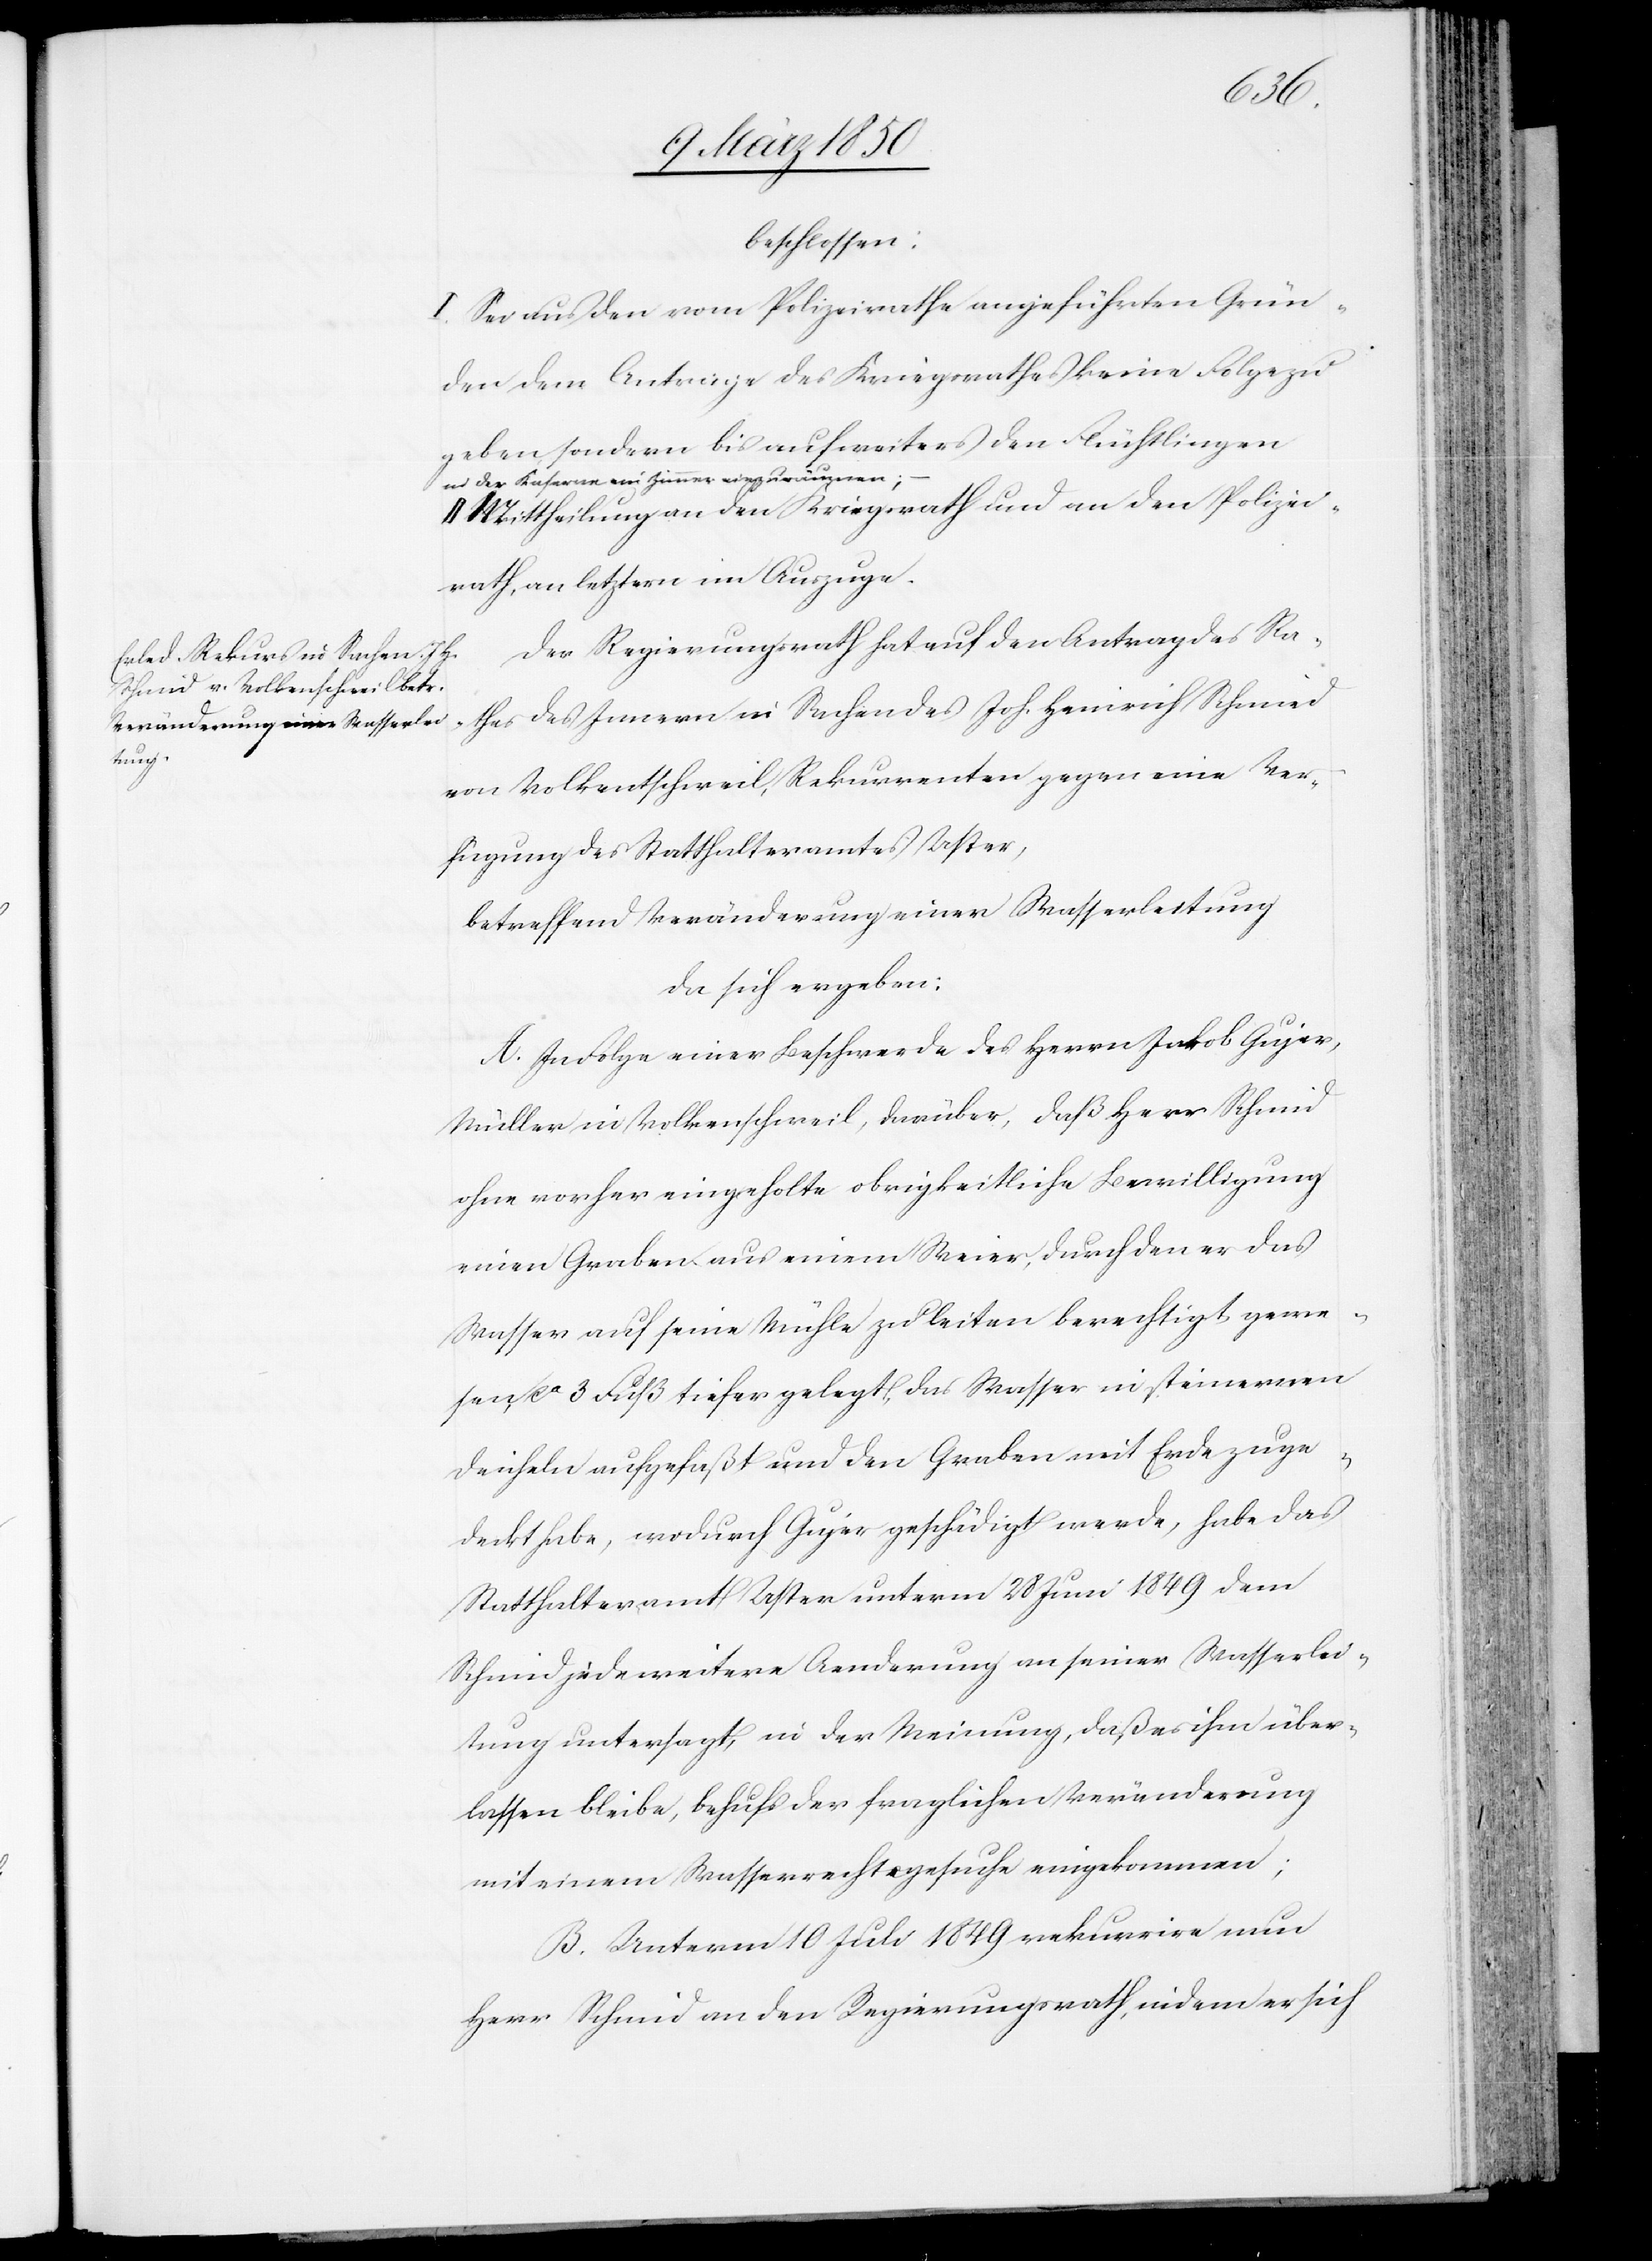
Der Regierungsrath hat auf den Antrag des Ra¬
thes des Innern in Sachen des Joh. Heinrich Schmied
von Volkentschweil, Rekurrenten gegen eine Ver¬
fügung des Statthalteramtes Uster,
betreffend Veränderung einer Wasserleitung
da sich ergeben:
A. In Folge einer Beschwerde des Herrn Jakob Gujer,
Müller in Volkenschweil, darüber, daß Herr Schmid
ohne vorher eingeholte obrigkeitliche Bewilligung
einen Graben aus einem Weier, durch den er das
Wasser auf seine Mühle zu leiten berechtigt gewe¬
sen, ca 3 Fuß tiefer gelegt, das Wasser in steinernen
Deicheln aufgefaßt und den Graben mit Erde zuge¬
deckt habe, wodurch Gujer geschädigt werde, habe das
Statthalteramt Uster unterm 28 Juni 1849 dem
Schmid jede weitere Aenderung an seiner Wasserlei¬
tung untersagt, in der Meinung, daß es ihm über¬
lassen bleibe, behufs der fraglichen Veränderung
mit einem Wasserrechtsgesuche eingekommen
B. Unterm 10 Juli 1849 rekurrire nun
Herr Schmid an den Regierungsrath, indem er sich